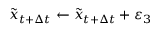
\tilde { x } _ { t + \Delta t } \gets \tilde { x } _ { t + \Delta t } + \varepsilon _ { 3 }